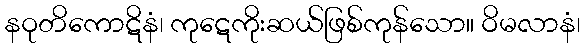
နဝုတိကောဋိနံ၊ ကုဋေကိုးဆယ်ဖြစ်ကုန်သော။ ဝိမလာနံ၊